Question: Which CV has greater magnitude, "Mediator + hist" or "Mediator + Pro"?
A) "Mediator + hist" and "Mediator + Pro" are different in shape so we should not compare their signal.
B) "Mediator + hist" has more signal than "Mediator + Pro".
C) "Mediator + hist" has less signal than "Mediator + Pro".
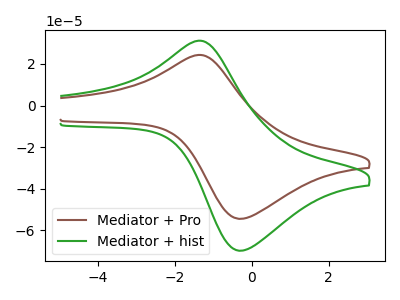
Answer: <think>The brown curve "Mediator + Pro" has an anodic peak at (-1.40V, 24.30uA) and a cathodic peak at (-0.25V, -54.40uA). The green curve "Mediator + hist" has an anodic peak at (-1.40V, 31.15uA) and a cathodic peak at (-0.25V, -69.75uA).
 All the peaks in "Mediator + hist" have a peak in "Mediator + Pro" at the same potential. Every peak in "Mediator + hist" is higher than every peak in "Mediator + Pro".</think>
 <answer>B) "Mediator + hist" has more signal than "Mediator + Pro".</answer>
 <eval>B</eval>